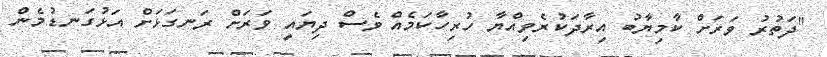
"ދަތުރު ވަރަށް ކާމިޔާބު އިރާދަކުރެވިއްޔާ ހުރިހާކަމެއް ވެސް ދިޔައީ ވަރަށް ރަނގަޅަށް އަޅުގަނޑުމެން